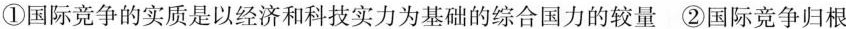
①国际竞争的实质是以经济和科技实力为基础的综合国力的较量②国际竞争归根